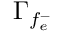
\Gamma _ { f _ { e } ^ { - } }